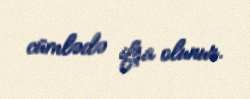
cümlədə ifşa olunur.